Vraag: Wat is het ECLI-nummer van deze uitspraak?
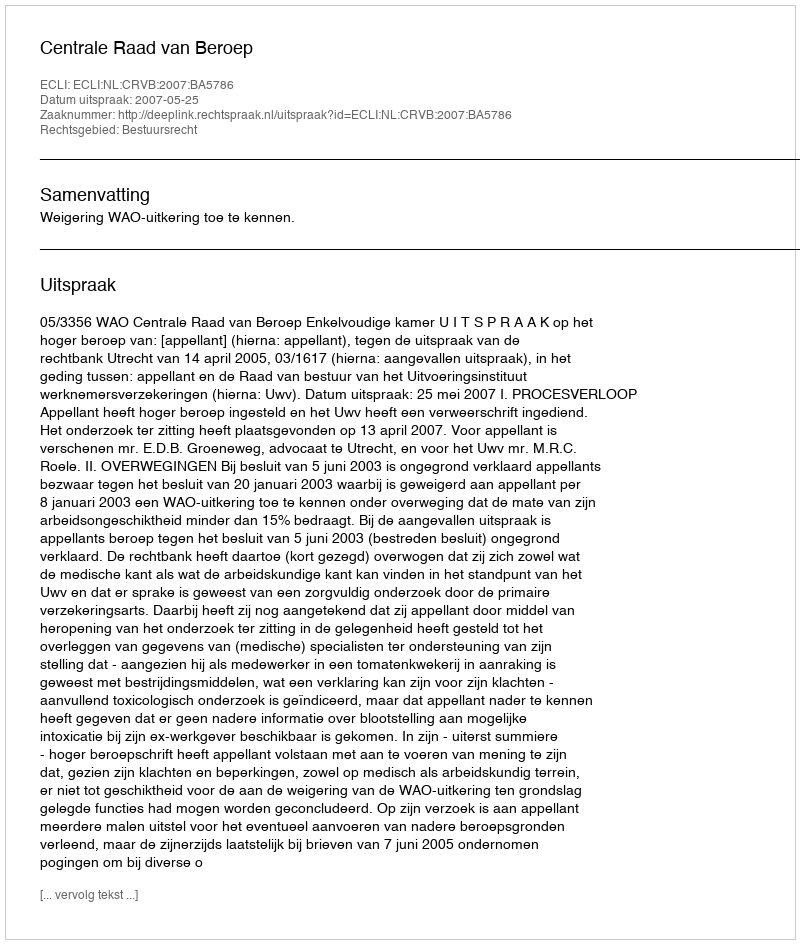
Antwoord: ECLI:NL:CRVB:2007:BA5786